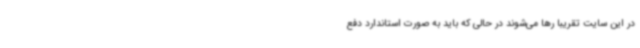
در این سایت تقریبا رها می‌شوند در حالی که باید به صورت استاندارد دفع